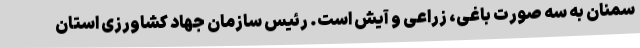
سمنان به سه صورت باغی، زراعی و آیش است. رئیس سازمان جهاد کشاورزی استان